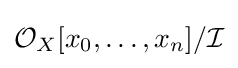
{\mathcal {O}}_{X}[x_{0},\ldots ,x_{n}]/{\mathcal {I}}